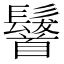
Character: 𩠷